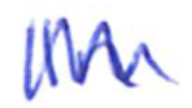
Text: In
Cross-out: zig-zag
Writing tool: ballpoint